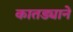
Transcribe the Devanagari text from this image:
कातड्याने